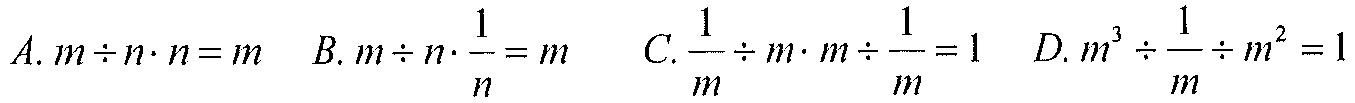
\(A. m\div n\cdot n = m\)  \(B. m\div n\cdot\frac{1}{n}= m\)  \(C. \frac{1}{m}\div m\cdot m\div\frac{1}{m}=1\)  \(D. m^{3}\div\frac{1}{m}\div m^{2}=1\)